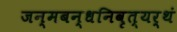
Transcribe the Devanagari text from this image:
जन्मबन्धनिवृत्यर्थं